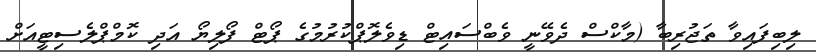
ލިބިފައިވާ ތަޖުރިބާ (މާކްސް ދެވޭނީ ވެބްސައިޓް ޑިވެލޮޕްކުރުމުގެ ޕޯޓް ފޯލިޔޯ އަދި ކޮމްޕްލެސިޓީއަށް